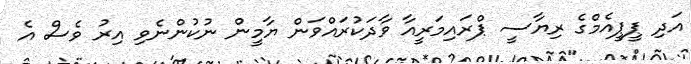
އަދި ޕީޕީއެމްގެ ރިޔާސީ ޕްރައިމަރީއާ ވާދަކުރައްވަން ޔާމީން ނުކުންނެވި އިރު ވެސް އެ